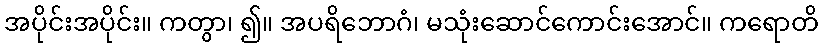
အပိုင်းအပိုင်း။ ကတွာ၊ ၍။ အပရိဘောဂံ၊ မသုံးဆောင်ကောင်းအောင်။ ကရောတိ